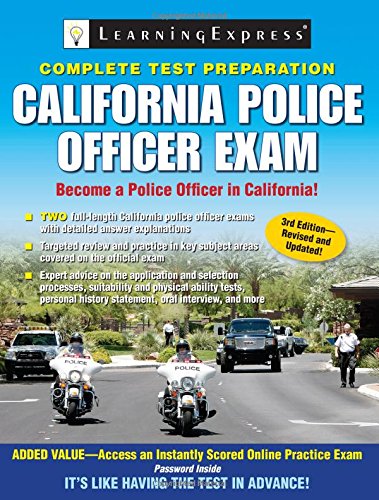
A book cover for California Police Officer Exam; LearningExpress LLC Editors; Test Preparation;